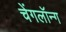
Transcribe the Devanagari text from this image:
चेंगलॉन्ग